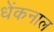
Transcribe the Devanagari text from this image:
धेंकनाल